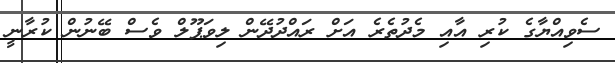
ސެވިއްޔާގެ ކުރި އާއި މެދުތެރެ އަށް ރައްދުދޭން ލިވަޕޫލް ވެސް ބޭނުން ކުރާނީ